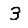
Digit: 3